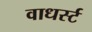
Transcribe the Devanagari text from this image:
वाधर्स्ट